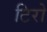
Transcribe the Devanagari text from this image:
टिरो